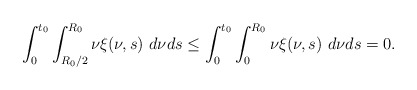
\begin{align*} \int_{0}^{t_{0}}\int_{R_{0}/2}^{R_{0}}\nu\xi(\nu,s)\ d\nu ds\leq \int_{0}^{t_{0}}\int_{0}^{R_{0}}\nu\xi(\nu,s)\ d\nu ds=0. \end{align*}